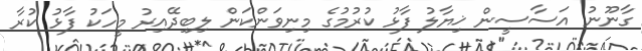
ގާނޫނު އަސާސީން ޚިޔާލު ފާޅު ކުރުމުގެ މިނިވަންކަން ލިބިދޭއިރު މީހަކު ފާޅު ކުރާ